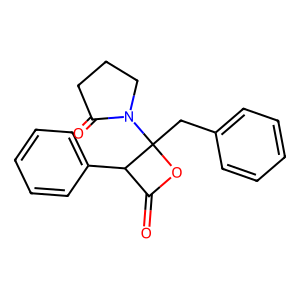
SMILES: O=C1OC(Cc2ccccc2)(N2CCCC2=O)C1c1ccccc1
Inhibits HIV replication: No